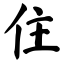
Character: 住